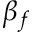
\beta _ { f }